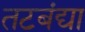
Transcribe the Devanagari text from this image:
तटबंद्या